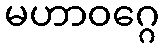
မဟာဝဂ္ဂေ